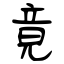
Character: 竟